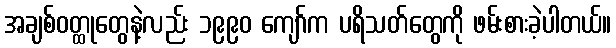
အချစ်ဝတ္ထုတွေနဲ့လည်း ၁၉၉၀ ကျော်က ပရိသတ်တွေကို ဖမ်းစားခဲ့ပါတယ်။